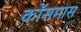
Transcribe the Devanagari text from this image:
कॉसमास